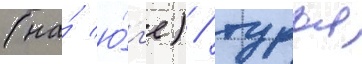
(на́ ю́г'е) / турья